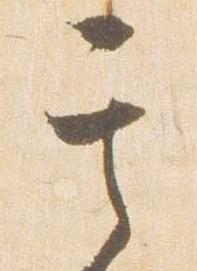
其